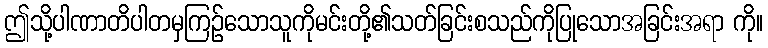
ဤသို့ပါဏာတိပါတမှကြဉ်သောသူကိုမင်းတို့၏သတ်ခြင်းစသည်ကိုပြုသောအခြင်းအရာ ကို။